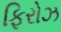
ફિરોઝ